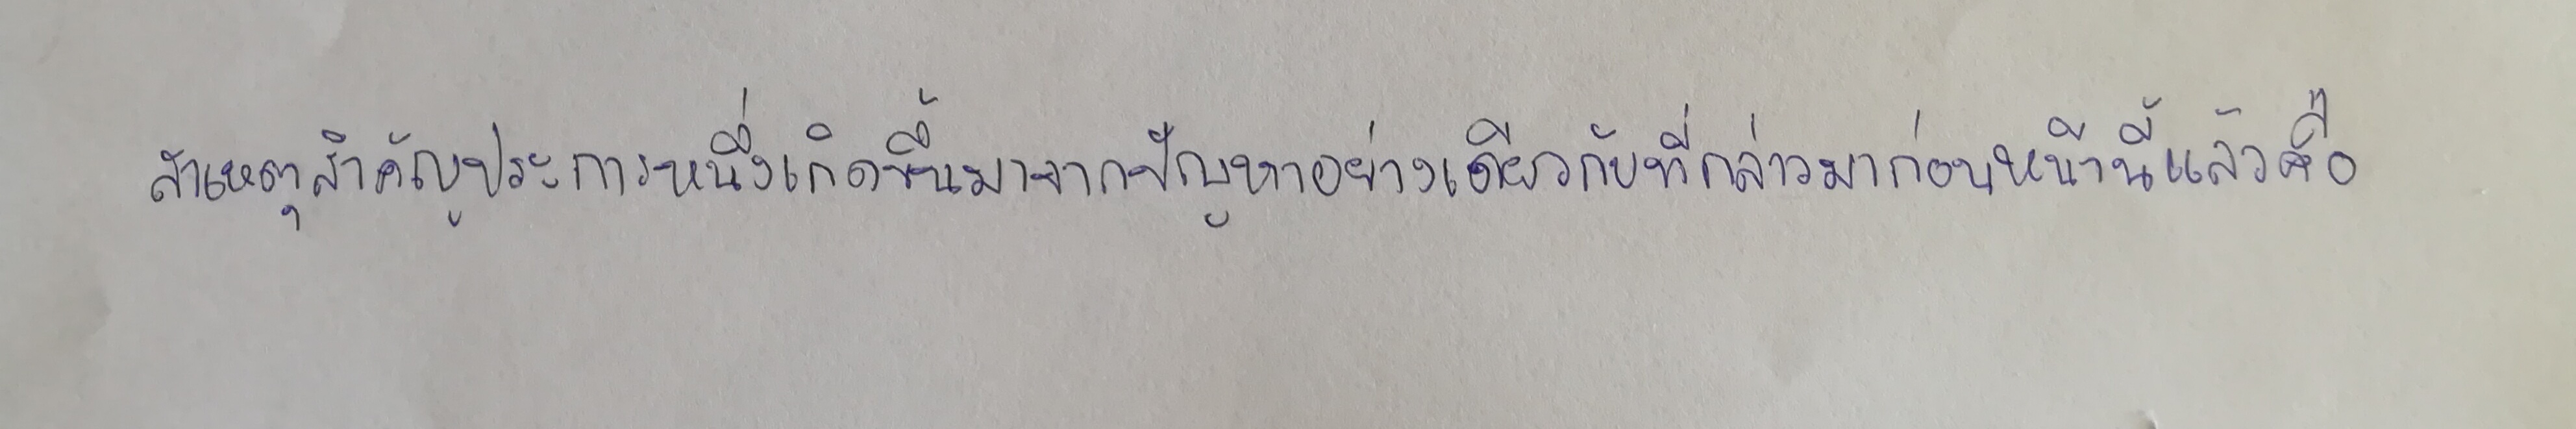
สาเหตุสำคัญประการหนึ่งเกิดขึ้นมาจากปัญหาอย่างเดียวกับที่กล่าวมาก่อนหน้านี้แล้วคือ